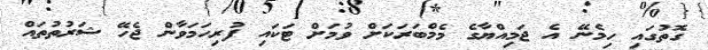
ގޮތުގައި ހިމެނޭ އެ ޖަމިއްޔާގެ މެމްބަރަކަށް ވުމަށް ޓަކައި ފުރިހަމަވާން ޖެހޭ ޝަރުތުތައް